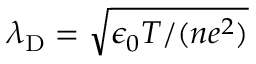
\lambda _ { \mathrm { D } } = \sqrt { \epsilon _ { 0 } T / ( n e ^ { 2 } ) }